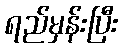
ရည်မှန်းပြီး